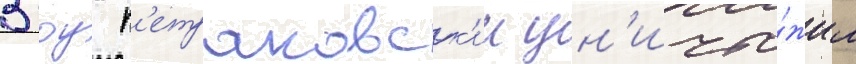
В боу п'етраковск'ии ун'ичто́жил